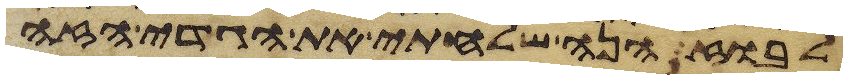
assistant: לבוז הנה שלחתי את הגדי הזה